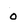
Character: o